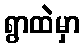
ရွာထဲမှာ